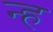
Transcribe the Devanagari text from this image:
न्ह